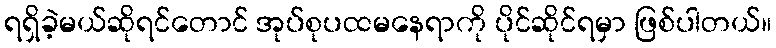
ရရှိခဲ့မယ်ဆိုရင်တောင် အုပ်စုပထမနေရာကို ပိုင်ဆိုင်ရမှာ ဖြစ်ပါတယ်။